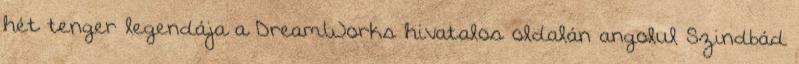
hét tenger legendája a DreamWorks hivatalos oldalán angolul Szindbád